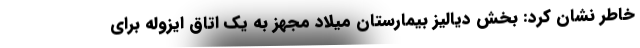
خاطر نشان كرد: بخش دياليز بيمارستان ميلاد مجهز به يك اتاق ايزوله براي